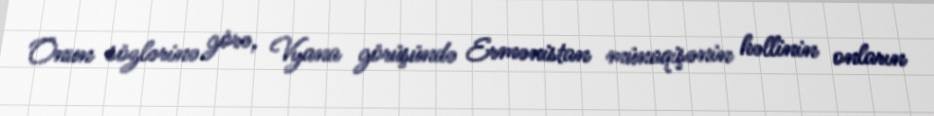
Onun sözlərinə görə, Vyana görüşündə Ermənistan münaqişənin həllinin onların